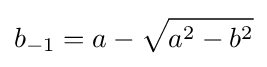
b_{-1}=a-{\sqrt {a^{2}-b^{2}}}